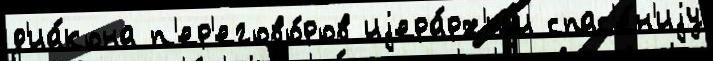
д'иа́кона п'ер'егово́ров иjера́рх'иjи спас'е́н'иjу